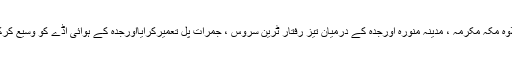
خادم الحرمین نے حرم مکی کی توسیع کے منصوبے کے علاوہ مکہ مکرمہ ، مدینہ منورہ اورجدہ کے درمیان تیز رفتار ٹرین سروس ، جمرات پل تعمیرکرایااورجدہ کے ہوائی اڈے کو وسیع کرکے اسے بین الاقوامی جہازوں کی آمدورفت کے قابل بنایاہے۔